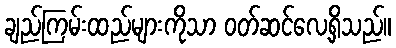
ချည်ကြမ်းထည်များကိုသာ ဝတ်ဆင်လေ့ရှိသည်။